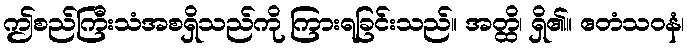
ဤစည်ကြီးသံအစရှိသည်ကို ကြားရခြင်းသည်။ အတ္ထိ၊ ရှိ၏။ ဧတံသဝနံ၊